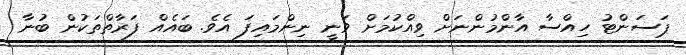
ޕަސަންޓު ހިއްސާ އާންމުންނަށް ވިއްކުމަށް ވަނީ ނިންމައިފަ އެވެ. ބައެއް ފަރާތްތަކުން ބުނާ